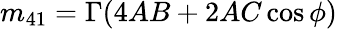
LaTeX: m_{41}=\Gamma(4AB+2AC\cos\phi)